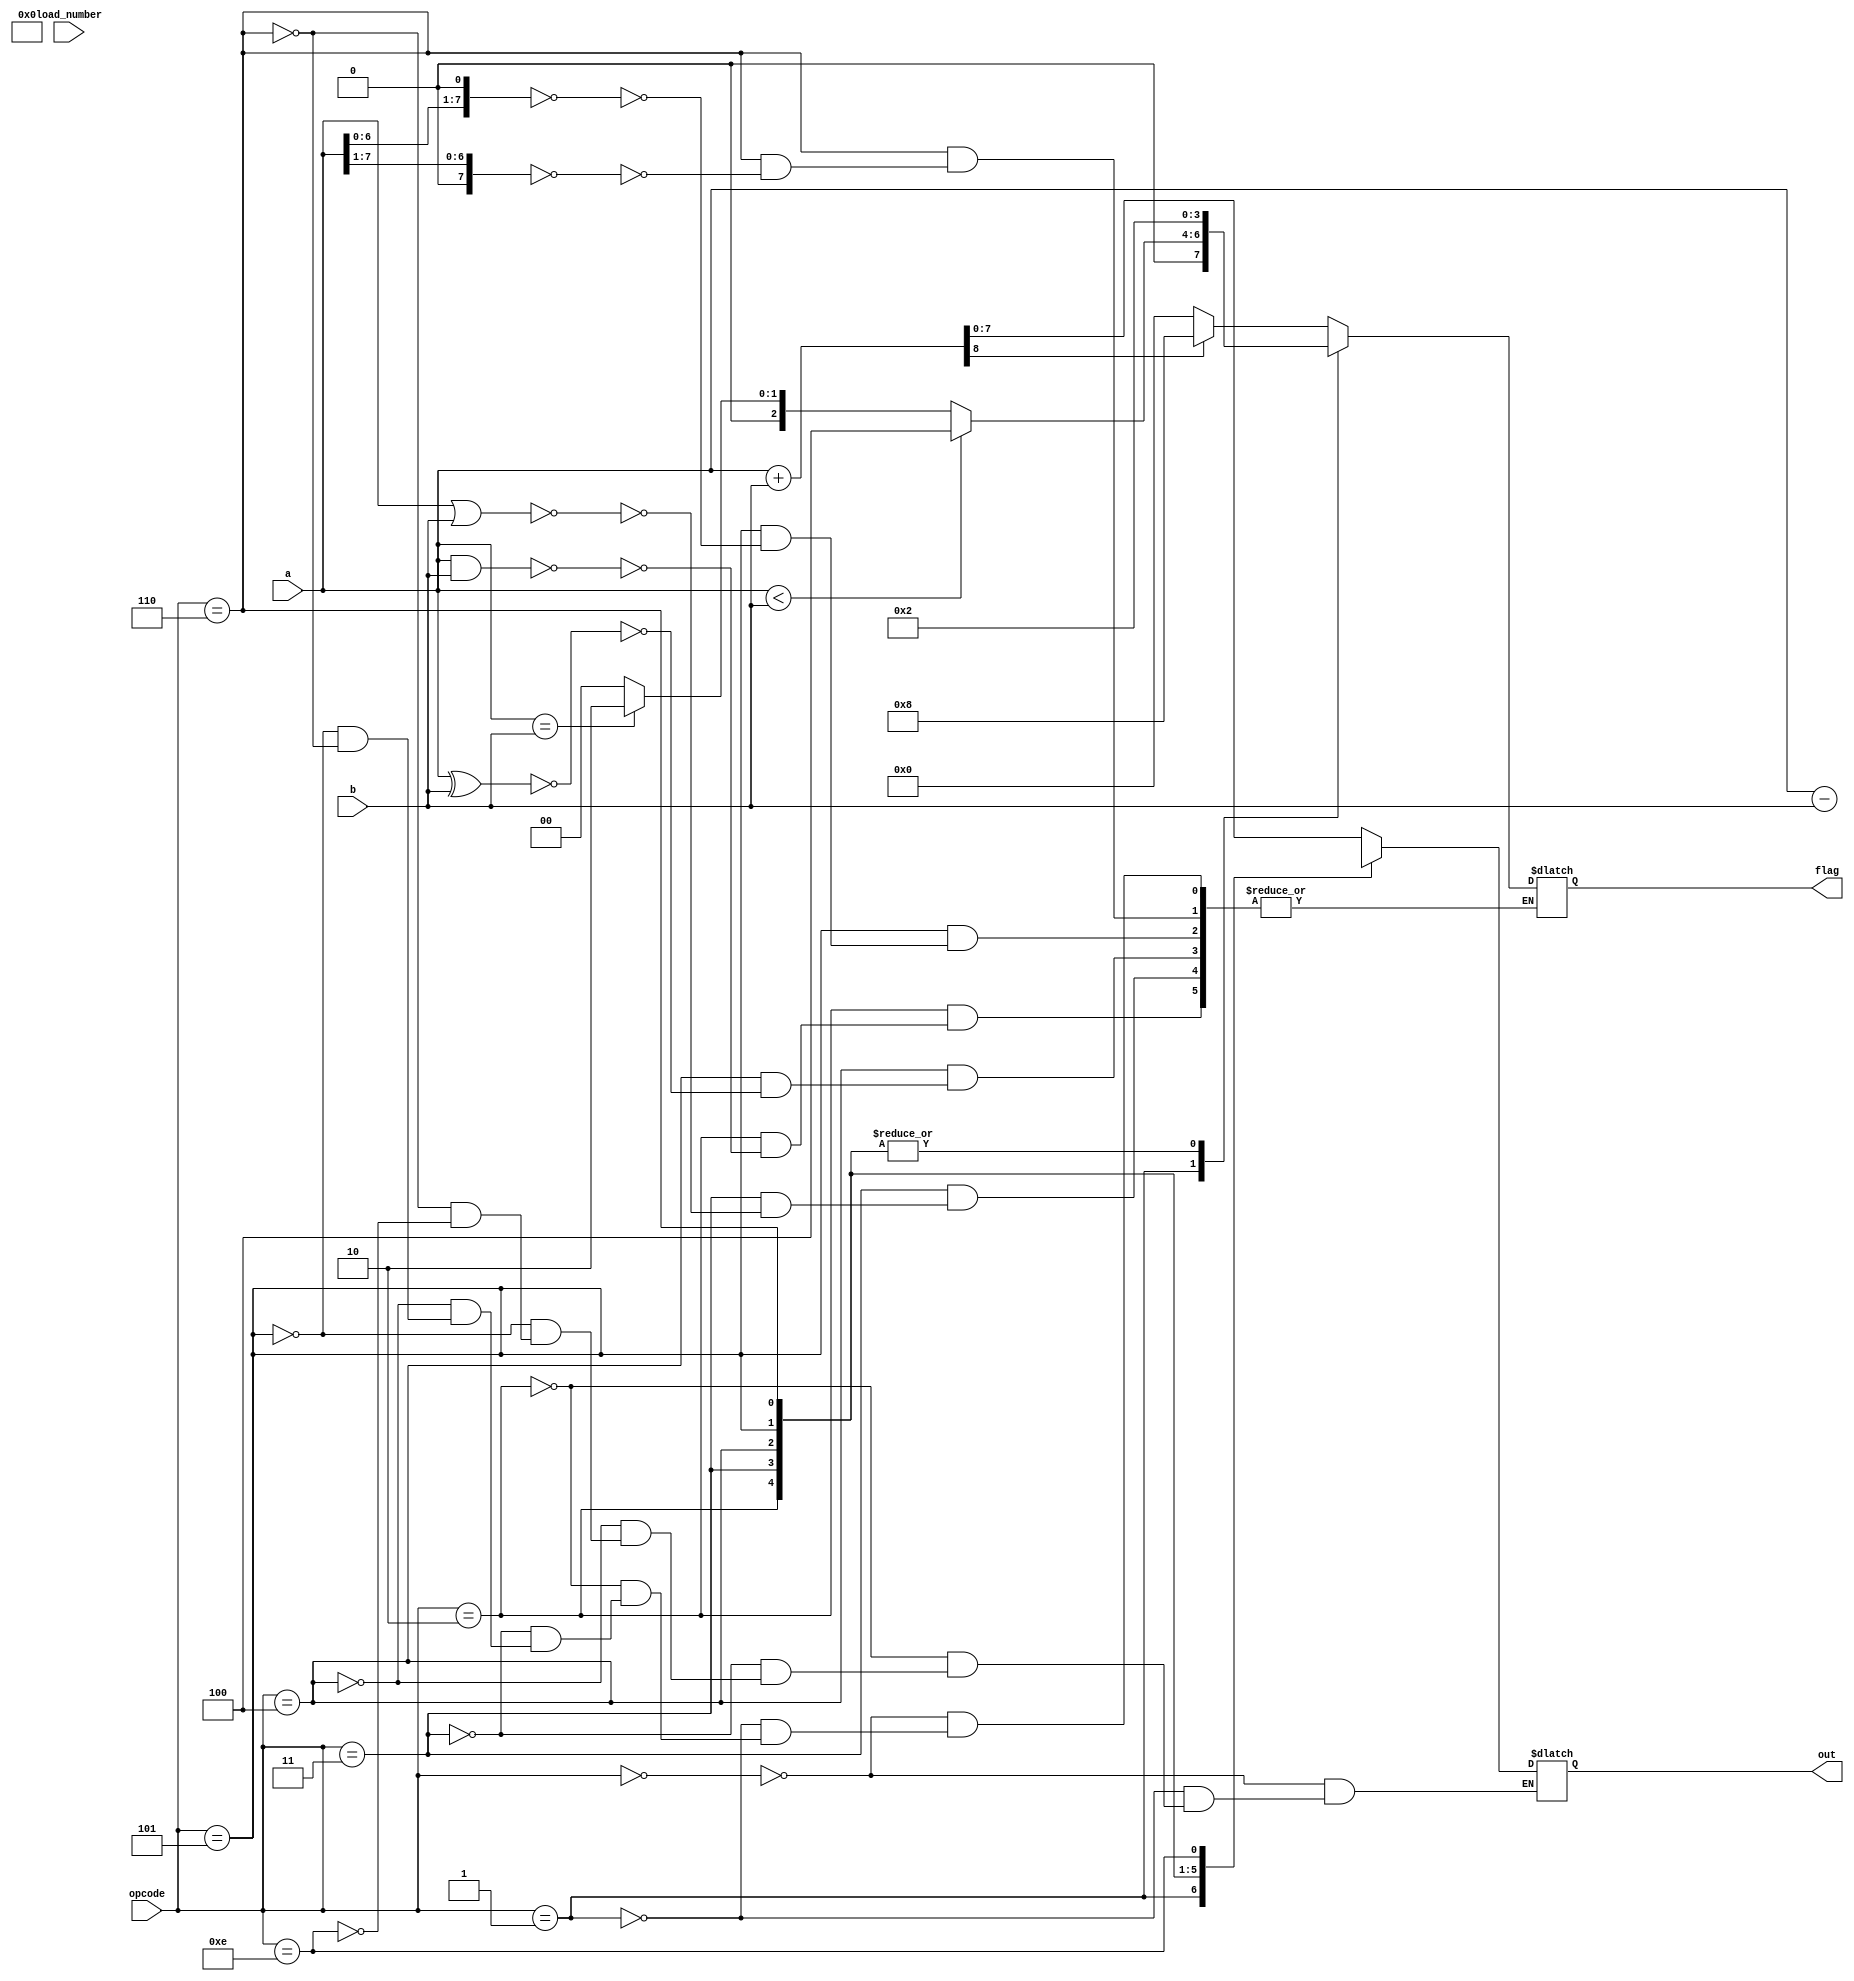
module arithmetic_and_logic_unit(opcode, a, b, flag, out, load_number);

 input[7:0] load_number;
 input [7:0] a;
 input [7:0] b;
 input [3:0] opcode;
 output reg [3:0] flag;
 output reg [7:0] out;
 reg [8:0] temp;
 
// 0000 no flag
// 0010 zero flag
//	0100 negative 
//	1000 carry

 always @(opcode)
	begin
		case(opcode)
			4'b0000 : begin
						 temp=a+b;
						 out=temp[7:0];
						 if(temp[8]==1) 
						 begin flag=4'b1000;end
						 else 
						 begin flag=4'b0000 ;end
						 $display("Addition operation");
			          end
						 
			4'b0001 : begin
						 temp=a-b;
						 out=temp[7:0];
						 if(a<b) 
						 begin flag=4'b0100; end
						 else if(a==b) 
						 flag=4'b0010; 
						 else 
						 flag=4'b0000;
					    $display("Subtraction operation");
			          end
						 
			4'b0010 : begin
						 out=a&b;
						 if(out==0) 
						 begin flag=4'b0010; end
						 $display("AND operation");
						 end
						 
			4'b0011 : begin
						 out=a|b;
						 if(out==0)
						 begin flag=4'b0010; end
						 $display("OR operation");
						 end
						
			4'b0100 : begin
						 out=a^b;
						 if(out==0) 
						 begin flag=4'b0010; end
						 $display("XOR operation");
						 end
							
			4'b0101 : begin
						 out=a<<1;
						 if(out==0) 
						 begin flag=4'b0010; end
						 $display("Left Shift operation");
						 end
					 	
			4'b0110 : begin
						 out=a>>1;
						 if(out==0) 
						 begin flag=4'b0010; end
						 $display("Right Shift operation");
						 end
				
	     4'b1110 : begin
						out = number;
						end			
		            endcase
	end			
						
endmodule